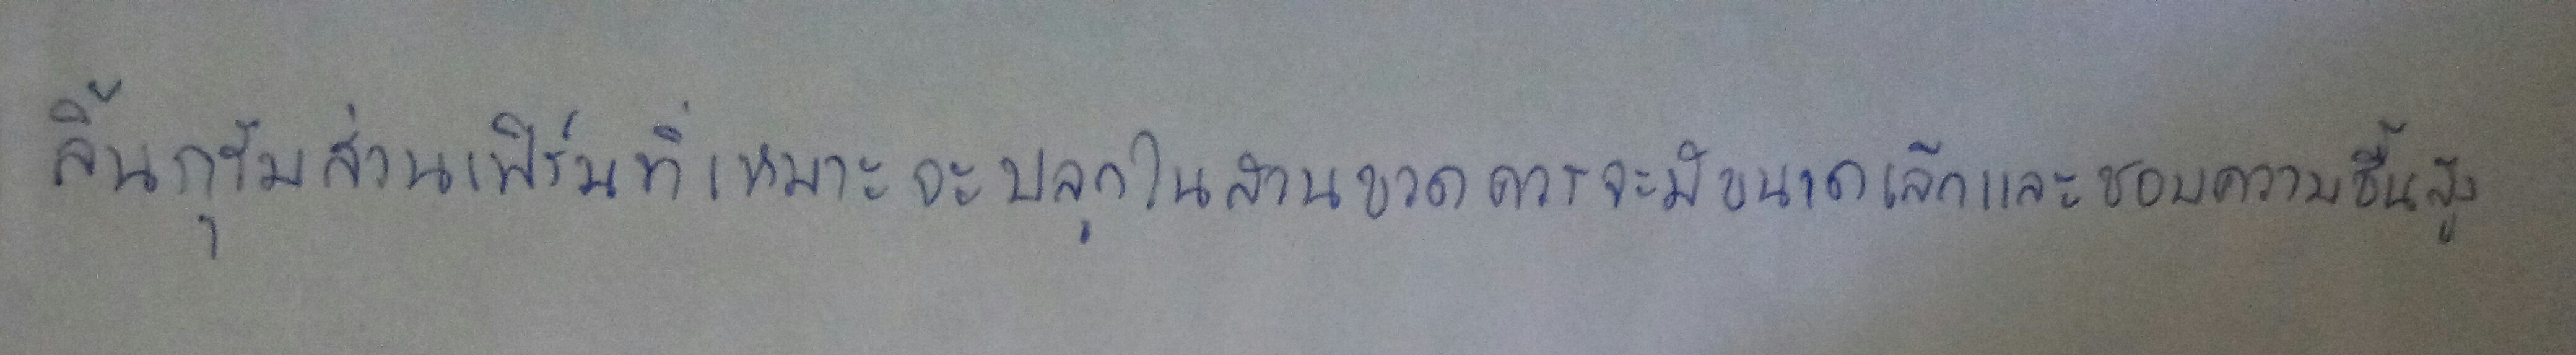
ลิ้นกุรัมส่วนเฟิร์นที่เหมาะจะปลูกในสวนขวดควรจะมีขนาดเล็กและชอบความชื้นสูง